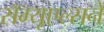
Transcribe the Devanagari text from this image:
सॅम्यूएल्सने